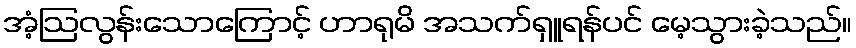
အံ့ဩလွန်းသောကြောင့် ဟာရုမိ အသက်ရှူရန်ပင် မေ့သွားခဲ့သည်။